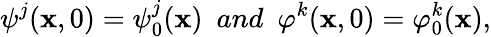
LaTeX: \psi^{j}(\textbf{x},0)=\psi_{0}^{j}(\textbf{x})~~and~~\varphi^{k}(\textbf{x},0)=\varphi_{0}^{k}(\textbf{x}),